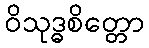
ဝိသုဒ္ဓစိတ္တော